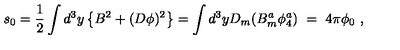
s _ { 0 } = \frac { 1 } { 2 } \int d ^ { 3 } y \left\{ B ^ { 2 } + ( D \phi ) ^ { 2 } \right\} = \int d ^ { 3 } y D _ { m } ( B _ { m } ^ { a } \phi _ { 4 } ^ { a } ) \ = \ 4 \pi \phi _ { 0 } \ ,